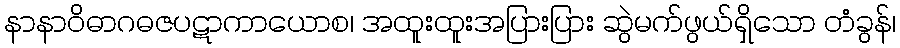
နာနာဝိဓာဂဓဇပဋာကာယောစ၊ အထူးထူးအပြားပြား ဆွဲမက်ဖွယ်ရှိသော တံခွန်၊